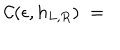
LaTeX: { \cal C } ( \epsilon , h _ { L , R } ) \; = \;